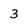
Character: 3